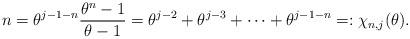
LaTeX: \begin{align*} n=\theta^{j-1-n}\frac{\theta^{n}-1}{\theta-1}=\theta^{j-2}+\theta^{j-3}+\cdots+\theta^{j-1-n}=:\chi_{n,j}(\theta).\end{align*}